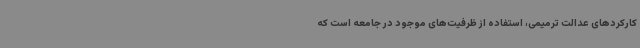
کارکردهای عدالت ترمیمی، استفاده از ظرفیت‌های موجود در جامعه است که